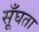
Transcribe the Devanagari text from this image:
सूँघता